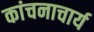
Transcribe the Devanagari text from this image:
कांचनाचार्य